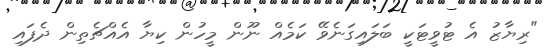
"ރިޔާޒު އެ ޓުވީޓަކީ ބަލައިގަނެވޭ ކަމެއް ނޫން މީހުން ކިޔާ އެއްޗެތިން ދެފައި